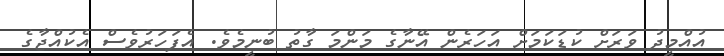
އުއްމީދު ވަރަށް ކުޑަކަމަށް އަހަރެން އޭނާގެ މަންމަ ގާތު ބުނީމެވެ. އެފަހަރުވެސް އެކުއްޖާގެ